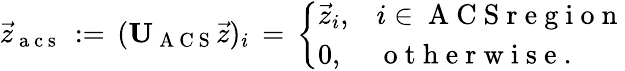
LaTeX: \vec{z}_{\mathrm{~a~c~s~}}\, :=\, (\mathbf{U}_{\mathrm{~A~C~S~}}\vec{z})_{i}\, =\, \left\{ \begin{array}{ll}{\vec{z}_{i},}&{i\in\mathrm{~A~C~S~r~e~g~i~o~n~}}\\ {0,}&{\mathrm{~o~t~h~e~r~w~i~s~e~}.}\end{array}\right.